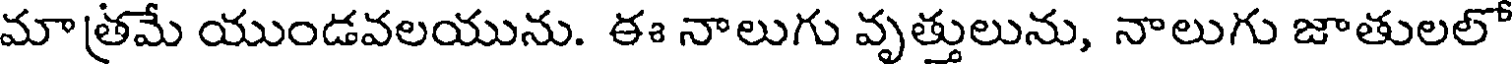
మాత్రమే యుండవలయును. ఈ నాలుగు వృత్తులును, నాలుగు జాతులలో